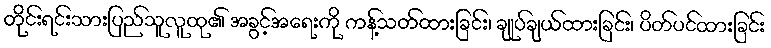
တိုင်းရင်းသားပြည်သူလူထု၏ အခွင့်အရေးကို ကန့်သတ်ထားခြင်း၊ ချုပ်ချယ်ထားခြင်း၊ ပိတ်ပင်ထားခြင်း